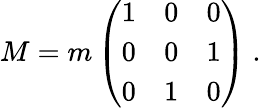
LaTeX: M=m\left(\begin{array}{ccc}{{1}}&{{0}}&{{0}}\\ {{0}}&{{0}}&{{1}}\\ {{0}}&{{1}}&{{0}}\end{array}\right)~.